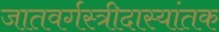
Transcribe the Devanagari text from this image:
जातवर्गस्त्रीदास्यांतक